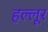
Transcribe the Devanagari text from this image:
हल्लूर